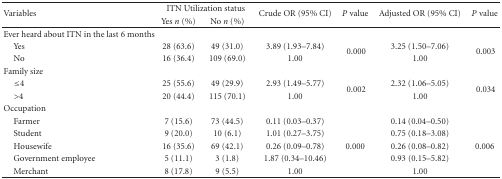
<table><thead><tr><td rowspan="2"><b>Variables</b></td><td colspan="2"><b>ITN Utilization status</b></td><td rowspan="2"><b>Crude OR (95% CI)</b></td><td rowspan="2"><b><i>P</i> value</b></td><td rowspan="2"><b>Adjusted OR (95% CI)</b></td><td rowspan="2"><b><i>P</i> value</b></td></tr><tr><td><b>Yes <i>n</i> (%)</b></td><td><b>No <i>n</i> (%)</b></td></tr></thead><tbody><tr><td>Ever heard about ITN in the last 6 months </td><td> </td><td> </td><td> </td><td> </td><td> </td><td> </td></tr><tr><td> Yes</td><td>28 (63.6)</td><td>49 (31.0)</td><td>3.89 (1.93–7.84)</td><td rowspan="2"> 0.000</td><td>3.25 (1.50–7.06)</td><td rowspan="2"> 0.003</td></tr><tr><td> No</td><td>16 (36.4)</td><td>109 (69.0)</td><td>1.00 </td><td>1.00</td></tr><tr><td>Family size </td><td> </td><td> </td><td> </td><td> </td><td> </td><td> </td></tr><tr><td> ≤4</td><td>25 (55.6)</td><td>49 (29.9)</td><td>2.93 (1.49–5.77)</td><td rowspan="2"> 0.002</td><td>2.32 (1.06–5.05)</td><td rowspan="2"> 0.034</td></tr><tr><td> &gt;4 </td><td>20 (44.4)</td><td>115 (70.1)</td><td>1.00</td><td>1.00</td></tr><tr><td>Occupation</td><td> </td><td> </td><td> </td><td> </td><td> </td><td> </td></tr><tr><td> Farmer </td><td>7 (15.6)</td><td>73 (44.5)</td><td>0.11 (0.03–0.37)</td><td> </td><td>0.14 (0.04–0.50)</td><td> </td></tr><tr><td> Student</td><td>9 (20.0)</td><td>10 (6.1)</td><td>1.01 (0.27–3.75)</td><td> </td><td>0.75 (0.18–3.08)</td><td> </td></tr><tr><td> Housewife </td><td>16 (35.6)</td><td>69 (42.1)</td><td>0.26 (0.09–0.78)</td><td>0.000</td><td>0.26 (0.08–0.82)</td><td> 0.006</td></tr><tr><td> Government employee </td><td>5 (11.1)</td><td>3 (1.8)</td><td>1.87 (0.34–10.46)</td><td> </td><td>0.93 (0.15–5.82)</td><td> </td></tr><tr><td> Merchant </td><td>8 (17.8)</td><td>9 (5.5)</td><td>1.00</td><td> </td><td>1.00</td><td> </td></tr></tbody></table>